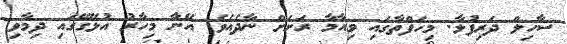
ސާހިލް ދަރިފުޅާ. މިހަފްތާގައި ވިއާމާ ރަށަށް ނާދެއެވެ. އޭނާ މިހާރު އުޅޭގޭގައި ދިމާވި